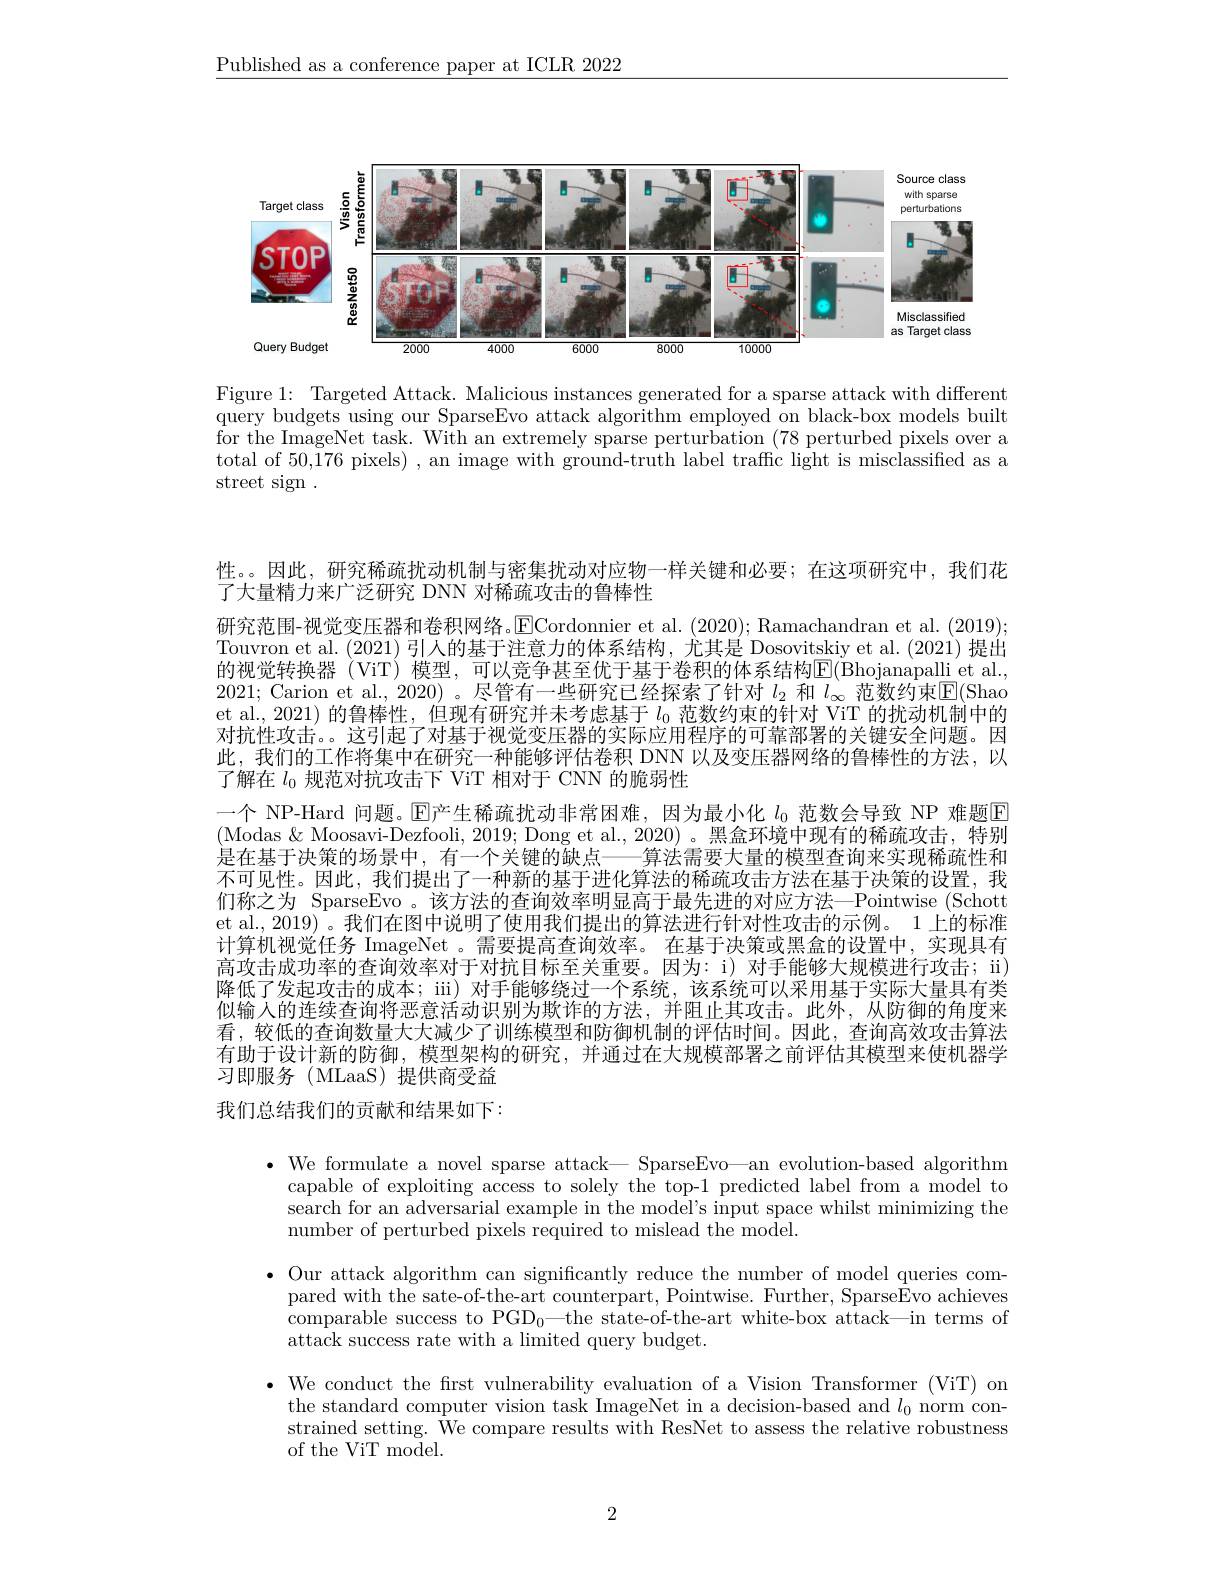
$\underline{\text{Published as a conference paper at ICLR 2022}}$

<FigureHere>

Figure 1: Targeted Attack. Malicious instances generated for a sparse attack with different query budgets using our SparseEvo attack algorithm employed on black-box models built for the ImageNet task. With an extremely sparse perturbation (78 perturbed pixels over a total of 50,176 pixels) , an image with ground-truth label traffic light is misclassified as a street sign .

性。。因此，研究稀疏扰动机制与密集扰动对应物一样关键和必要；在这项研究中，我们花
了大量精力来广泛研究 DNN 对稀疏攻击的鲁棒性
研究范围-视觉变压器和卷积网络。ECordonnier et al. ( 2020) ; Ramachandran et al. ( 2019) ; Touvron et al. (2021)引人的基于注意力的体系结构，尤其是 Dosovitskiy et al. (2021) 提出的视觉转换器 (ViT) 模型，可以竞争甚至优于基于卷积的体系结构$\operatorname{E}($Bhojanapalli et al., 2021; Carion et al., 2020) 。尽管有一些研究已经探索了针对$l_2$和$l_\infty$范数约束$\boxed{\mathrm{E}}($Shao et al.,2021) 的鲁棒性，但现有研究并未考虑基于$l_{0}$范数约束的针对 ViT 的扰动机制中的对抗性攻击。。这引起了对基于视觉变压器的实际应用程序的可靠部署的关键安全问题。因此，我们的工作将集中在研究一种能够评估卷积 DNN 以及变压器网络的鲁棒性的方法，以了解在$l_{0}$规范对抗攻击下 ViT 相对于 CNN 的脆弱性
一个 NP-Hard 问题。$\operatorname{E\text{产生稀疏扰动非常困难，因为最小化 }l_0}$ 范数会导致 NP 难题$\operatorname{E}$ (Modas $\&$ Moosavi-Dezfooli, 2019; Dong et al., 2020)。黑盒环境中现有的稀疏攻击，特别是在基于决策的场景中，有一个关键的缺点—— 算法需要大量的模型查询来实现稀疏性和不可见性。因此，我们提出了一种新的基于进化算法的稀疏攻击方法在基于决策的设置，我们称之为 SparseEvo 。该方法的查询效率明显高于最先进的对应方法—Pointwise (Schott et al., 2019) 。我们在图中说明了使用我们提出的算法进行针对性攻击的示例。1 上的标准计算机视觉任务 ImageNet 。需要提高查询效率。在基于决策或黑盒的设置中，实现具有高攻击成功率的查询效率对于对抗目标至关重要。因为：i) 对手能够大规模进行攻击；ü) 降低了发起攻击的成本；ii) 对手能够绕过一个系统，该系统可以采用基于实际大量具有类似输入的连续查询将恶意活动识别为欺诈的方法，并阻止其攻击。此外，从防御的角度来看，较低的查询数量大大减少了训练模型和防御机制的评估时间。因此，查询高效攻击算法有助于设计新的防御，模型架构的研究，并通过在大规模部署之前评估其模型来使机器学习即服务(MLaaS)提供商受益我们总结我们的贡献和结果如下：

$\bullet$ We formulate a novel sparse attack— SparseEvo—an evolution-based algorithm
capable of exploiting access to solely the top-1 predicted label from a model to search for an adversarial example in the model's input space whilst minimizing the number of perturbed pixels required to mislead the model.
· Our attack algorithm can significantly reduce the number of model queries com-
pared with the sate-of-the-art counterpart, Pointwise. Further, Sparse$\bar{\text{Evo achieves}}$ comparable success to PGD$_0—$the state-of-the-art white-box attack—in terms of attack success rate with a limited query budget.
$\bullet$ We conduct the frst vulnerability evaluation of a Vision Transformer (ViT) on
the standard computer vision task ImageNet in a decision-based and $l_0$ norm constrained setting. We compare results with ResNet to assess the relative robustness of the ViT model.

2